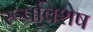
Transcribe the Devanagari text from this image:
रूपविशेष